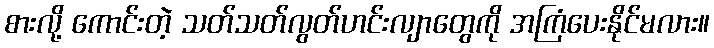
စားလို့ ကောင်းတဲ့ သတ်သတ်လွတ်ဟင်းလျာတွေကို အကြံပေးနိုင်မလား။